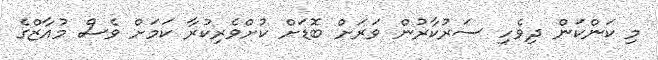
މި ކަންކަން ދިވެހި ސަރުކާރުން ވަރަށް ބޮޑަށް ކުށްވެރިކުރާ ކަމަށް ވެސް މުއާޒްގެ